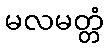
မလမတ္တံ